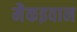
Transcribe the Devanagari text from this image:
मैकइवान